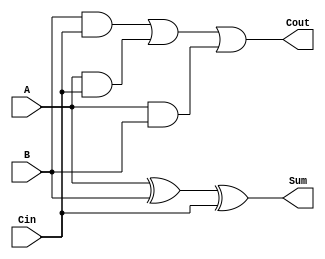
module fadder (A, B, Cin, Sum, Cout);
	input A, B;
	input Cin;
	output Sum;
	output Cout;
	wire t1,t2,t3;
	xor g1(Sum,A,B,Cin);
	and g2(t1,B,Cin);
	and g3(t2,A,Cin);
	and g4(t3,A,B);
	or g5(Cout,t1,t2,t3);
endmodule //fadder


module add_sub_4 (A, B, In, Res, Out);
	input  [3:0] A, B;
	input In;
	output [3:0] Res;
	output Out;

	wire[3:0] Re;
	wire[3:0] carry;
	wire cnew;
	xor g1(Re[0],B[0],In);
	xor g2(Re[1],B[1],In);
	xor g3(Re[2],B[2],In);
	xor g4(Re[3],B[3],In);

	assign cnew = In;
	fadder DUT1(A[0],Re[0],cnew,Res[0],carry[0]);
	fadder DUT2(A[1],Re[1],carry[0],Res[1],carry[1]);
	fadder DUT3(A[2],Re[2],carry[1],Res[2],carry[2]);
	fadder DUT4(A[3],Re[3],carry[2],Res[3],carry[3]);
	assign Out = carry[3];



endmodule